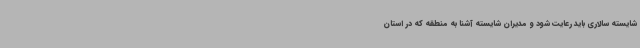
شایسته سالاری باید رعایت شود و مدیران شایسته آشنا به منطقه که در استان